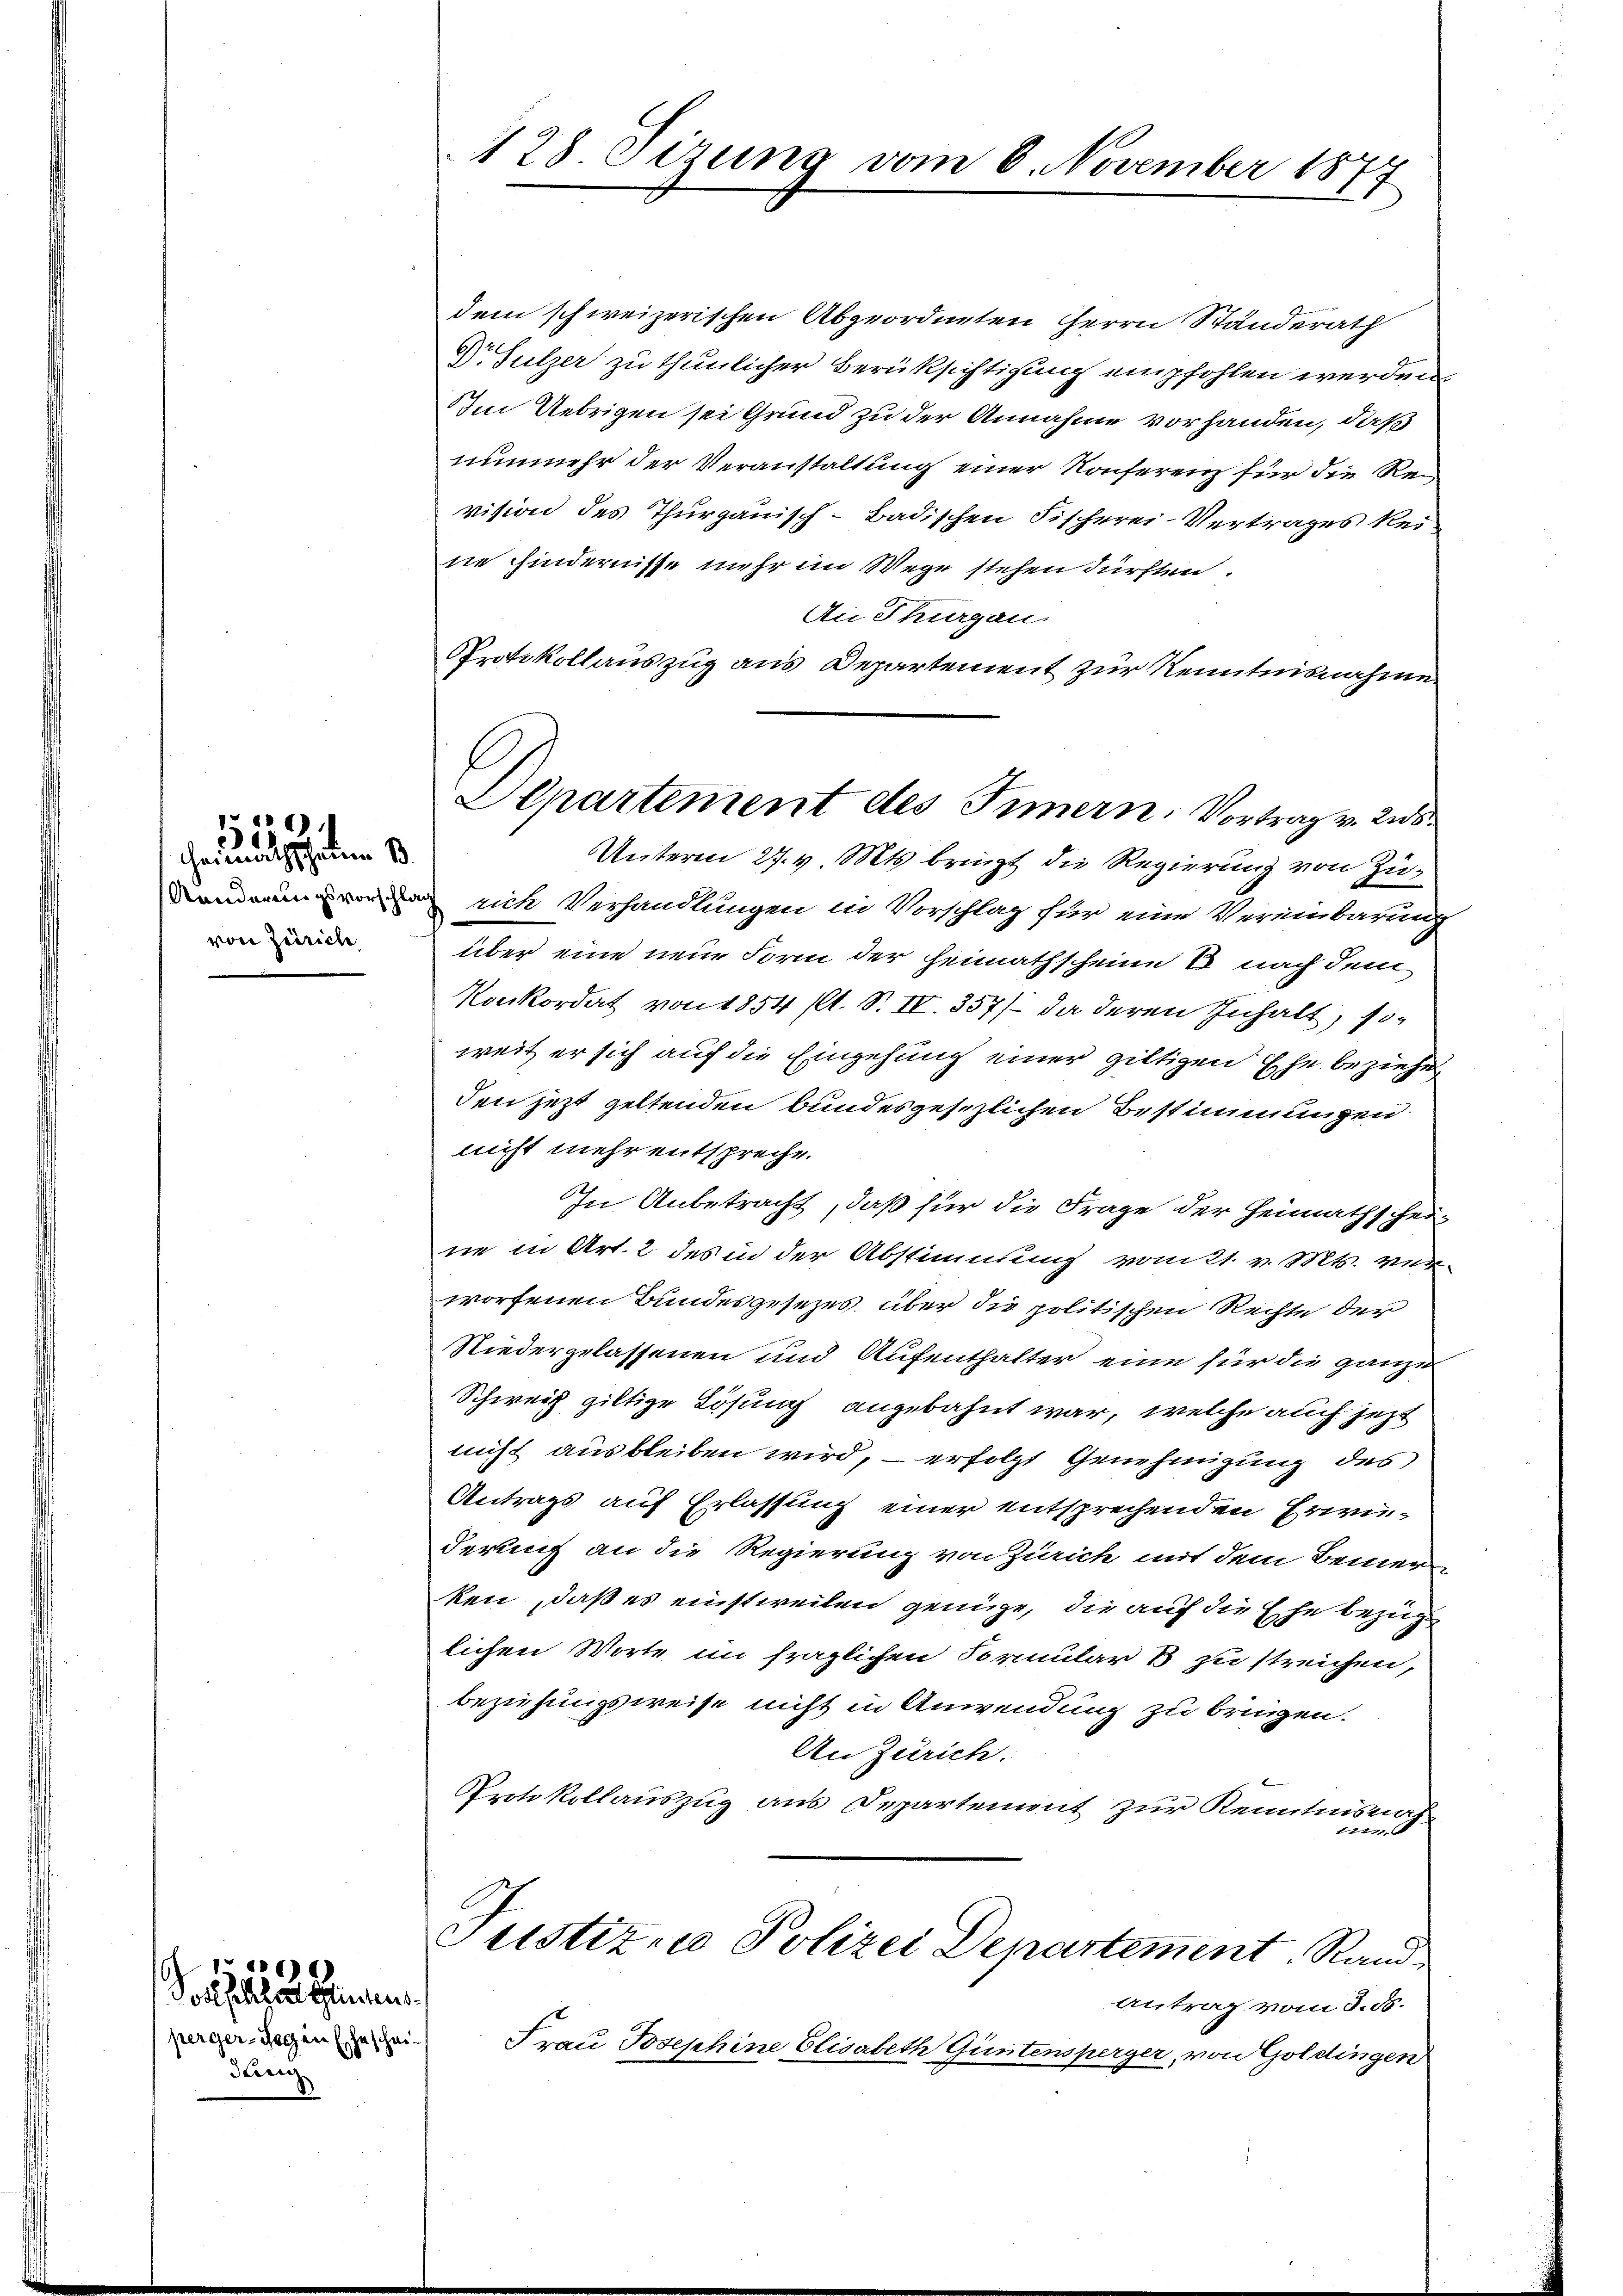
Haunathschauen
von Zürich

6)

ochten
perger-Gegen (Gescheidar

128 Sizung vom 8. November 187
2

dem schweizerischen Abgeordneten Herrn Standerath
Dr Sulzer zu thunlicher Berüksichtigung empfohlen werden.
Im Uebrigen sie Grund zu der Annahme vorhanden, daß
nunmehr der Veranstaltung einer Konferenz für die Revision des Thurgauisch-Badischen Fischerei-Vertrages keine Hindernisse mehr im Wege stehen dürften.
Aie Thurgau.
Protokollauszug aus Departement zur Kenntnisnahme
v sich Verhandlungen in Vorschlag für eine Vereinbarung
über eine neue Form der Heimathscheine B. nach dem
Konkordat von 1854 (lt. S. IV. 357/ da deren Inhalt, soweit er sich auf die Eingehung einer giltigen Ehe beziehe
den jetzt geltenden bundesgesezlichen Bestimmungen
nicht mehr entspreche.
In Anbetracht, daß für die Frage der Heimathschei-
ne in Art. 2 des in der Abstimmung vom 21. v. Mts. ver-
worfenen Bundesgesezes, über die politischen Rechte der
Niedergelassenen und Aufenthalter eine für die ganze
Schweiz giltige Lösung angebahnt war, welche auch jetzt
nicht ausbleiben wird, – erfolgt Genehmigung des
Antrags auf Erlassung einer entsprechenden Erriderung an die Regierung von Zürich mit dem Bemer
ken, daß es einstweilen genüge, die auf die Ehe bezug
lichen Worte im fraglichen Formular 3 zu streichen,
beziehungsweise nicht in Anwendung zu bringen.
An Zürich.
Protokollauszug aus Departement zur Kenntnisnah
um d
Justiz- u Polizei Departement. Rand
Antrag vom 3. 58.
Frau Josephine Elisabeth Güntensperger, von Goldingen

Departement des Innern, Vortrag v. 228
Unterm 27. v. Mts. bringt die Regierung von Zu¬